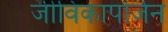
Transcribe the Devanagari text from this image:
जीविकापोर्जन